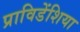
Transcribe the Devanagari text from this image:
प्राविडेंशिया